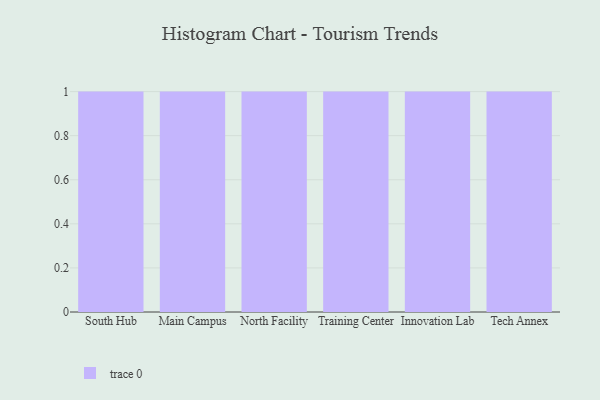
{"axis": {"x": "Campus", "y": "Budget (USD K)"}, "legend": [""], "data": [{"x": "South Hub", "y": 56, "type": ""}, {"x": "Main Campus", "y": 47, "type": ""}, {"x": "North Facility", "y": 61, "type": ""}, {"x": "Training Center", "y": 52, "type": ""}, {"x": "Innovation Lab", "y": 49, "type": ""}, {"x": "Tech Annex", "y": 76, "type": ""}]}